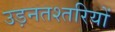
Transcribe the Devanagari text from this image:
उड़नतश्तरियों